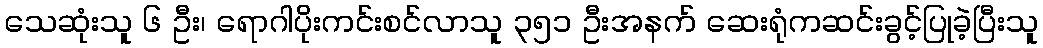
သေဆုံးသူ ၆ ဦး၊ ရောဂါပိုးကင်းစင်လာသူ ၃၅၁ ဦးအနက် ဆေးရုံကဆင်းခွင့်ပြုခဲ့ပြီးသူ